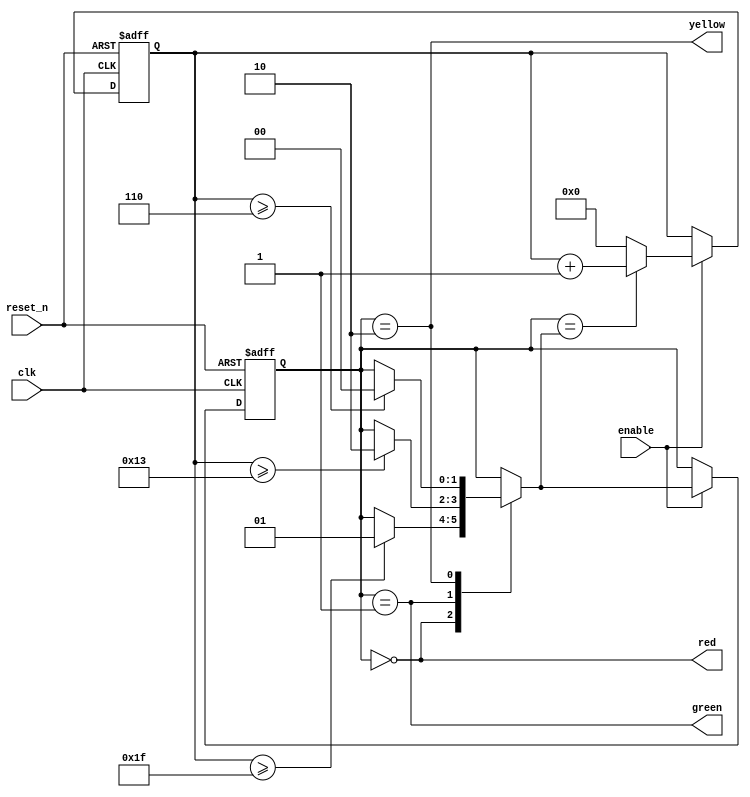
module traffic_light (
    input wire clk,
    input wire reset_n,
    input wire enable,
    output reg red,
    output reg yellow,
    output reg green
);

// Define the states
reg [1:0] current_state, next_state;
parameter RED = 2'b00, GREEN = 2'b01, YELLOW = 2'b10;

// Counter for clock cycles
reg [5:0] counter;

// Next state logic
always @(*) begin
    next_state = current_state;
    case (current_state)
        RED: begin
            if (counter >= 6'd31)
                next_state = GREEN;
        end
        GREEN: begin
            if (counter >= 6'd19)
                next_state = YELLOW;
        end
        YELLOW: begin
            if (counter >= 6'd6)
                next_state = RED;
        end
    endcase
end

// State and counter update
always @(posedge clk or negedge reset_n) begin
    if (!reset_n) begin
        current_state <= RED;
        counter <= 6'd0;
    end else if (enable) begin
        current_state <= next_state;
        if (current_state == next_state)
            counter <= counter + 6'd1;
        else
            counter <= 6'd0;
    end
end

// Output logic
always @(*) begin
    red = (current_state == RED);
    green = (current_state == GREEN);
    yellow = (current_state == YELLOW);
end

endmodule